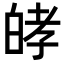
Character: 𤽴